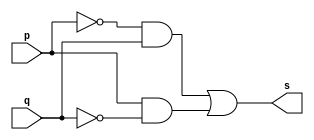
// ---------------------
// EXERCICIO 06 - XOR
// Nome: Rodolfo Herman
// ---------------------

/**
* XOR
*/
module pxor ( output s, input p, input q );
//cria vinculo
assign s = (~(p)&q | p&~(q));
//terminar
endmodule

/**
* Testar porta
*/
module testador;
//criar entradas
reg a;
reg b;
//criar FIO
wire s;
//instancia
pxor XOR1 ( s, a, b );
//atribuir valor inicial
initial begin
a = 0;
b = 0;
//terminar initial
end

/**
* Main - parte principal
*/
initial begin
//identificaao
$display ( "Exercicio 006");
$display ( "Autor: Rodolfo Herman");
$display ( "Testar porta XOR");
$display ( "(a'b + ab') \t= s \n");
$monitor ( "( %b  &  %b ) \t= %b", a, b, s );
#1 a = 0; b = 1;
#1 a = 1; b = 0;
#1 a = 1; b = 1;
//terminar initial
end
//terminar
endmodule